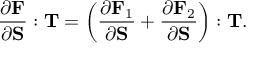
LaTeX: { \frac { \partial \mathbf { F } } { \partial \mathbf { S } } } : \mathbf { T } = \left( { \frac { \partial \mathbf { F } _ { 1 } } { \partial \mathbf { S } } } + { \frac { \partial \mathbf { F } _ { 2 } } { \partial \mathbf { S } } } \right) : \mathbf { T } .